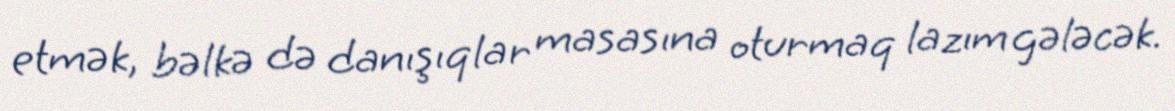
etmək, bəlkə də danışıqlar masasına oturmaq lazım gələcək.